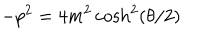
- p ^ { 2 } = 4 m ^ { 2 } \cosh ^ { 2 } ( \theta / 2 )